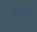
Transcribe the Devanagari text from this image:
लैक्रोइक्स